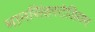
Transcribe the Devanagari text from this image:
मानसिंहस्टेडियम